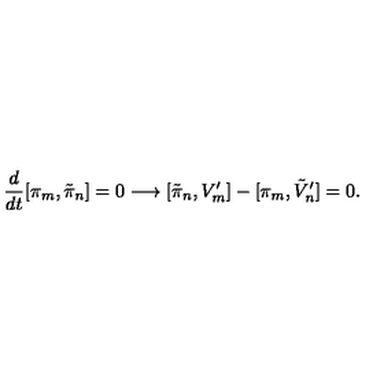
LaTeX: \frac { d } { d t } [ \pi _ { m } , \tilde { \pi } _ { n } ] = 0 \longrightarrow [ \tilde { \pi } _ { n } , V _ { m } ^ { \prime } ] - [ \pi _ { m } , \tilde { V } _ { n } ^ { \prime } ] = 0 .